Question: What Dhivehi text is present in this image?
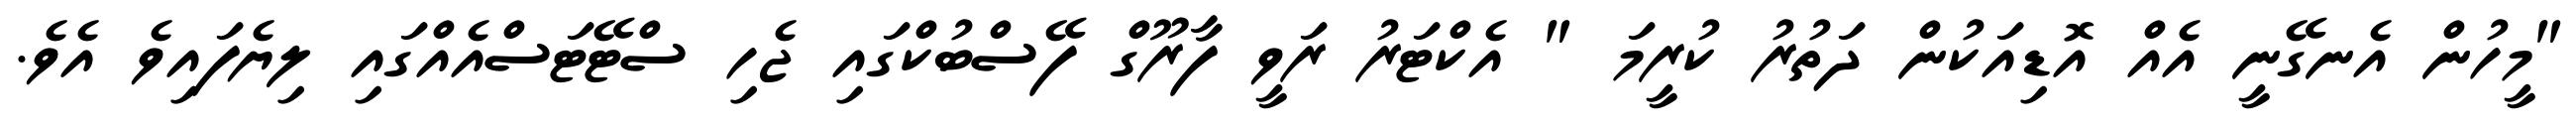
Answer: "މީހުން އެނގޭނީ އެއް އޮޑިއަކުން ދަތުރު ކުރީމަ " އެކްޓަރު ރަވީ ފާރޫގް ފޭސްބުކްގައި ޖެހި ސްޓޭޓަސްއެއްގައި ލިޔެފައިވެ އެވެ.